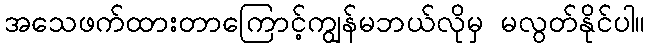
အသေဖက်ထားတာကြောင့်ကျွန်မဘယ်လိုမှ မလွတ်နိုင်ပါ။